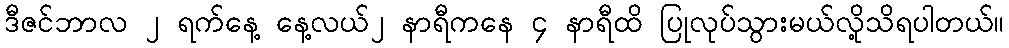
ဒီဇင်ဘာလ ၂ ရက်နေ့ နေ့လယ်၂ နာရီကနေ ၄ နာရီထိ ပြုလုပ်သွားမယ်လို့သိရပါတယ်။